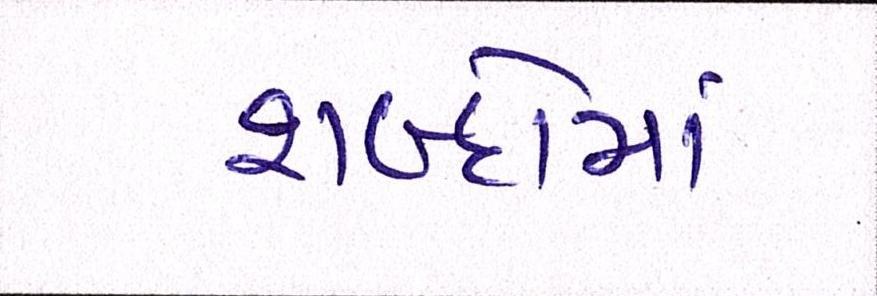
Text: શબ્દોમાં